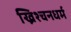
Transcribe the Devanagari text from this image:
ख्रिश्चनधर्म